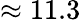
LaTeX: \approx 11.3